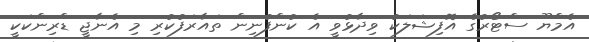
އެމްޔޫ ސްޓޯރުގެ އޮފިޝަލަކު ވިދާޅުވީ އެ ކުންފުނިން ތައާރަފުކުރި މި އެނާޖީ ޑްރިންކަކީ